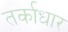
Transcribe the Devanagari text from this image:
तर्काधार